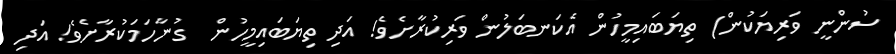
ސުންނީ ވަރިޔަކުން) ތިޔަބައިމީހުން އެކަނބަލުން ވަރިކުރާށެވެ! އަދި ތިޔަބައިމީހުން  ގުނާހަމަކުރާށެވެ! އަދި